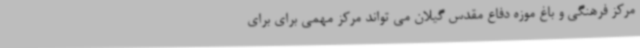
مرکز فرهنگی و باغ موزه دفاع مقدس گیلان می تواند مرکز مهمی برای برای